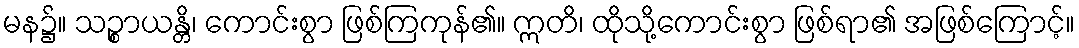
မန၌။ သဉ္စာယန္တိ၊ ကောင်းစွာ ဖြစ်ကြကုန်၏။ ဣတိ၊ ထိုသို့ကောင်းစွာ ဖြစ်ရာ၏ အဖြစ်ကြောင့်။